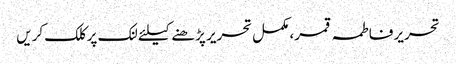
تحریر فاطمہ قمر، مکمل تحریر پڑھنے کیلئے لنک پر کلک کریں